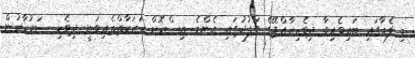
މި ފެއާގައި ބައިވެރިވާ ދިވެހިރާއްޖޭގެ ވަފުދުގައި އެންމެ އިސްކޮށް ހަރަކާތްތެރިވަނީ ދިވެހި ސަރުކާރުން